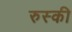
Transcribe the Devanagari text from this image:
रुस्की